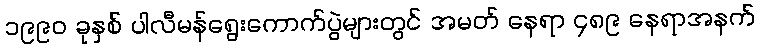
၁၉၉၀ ခုနှစ် ပါလီမန်ရွေးကောက်ပွဲများတွင် အမတ် နေရာ ၄၈၉ နေရာအနက်